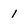
Character: 1